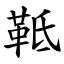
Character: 䩚